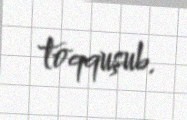
toqquşub.